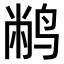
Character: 𫛮